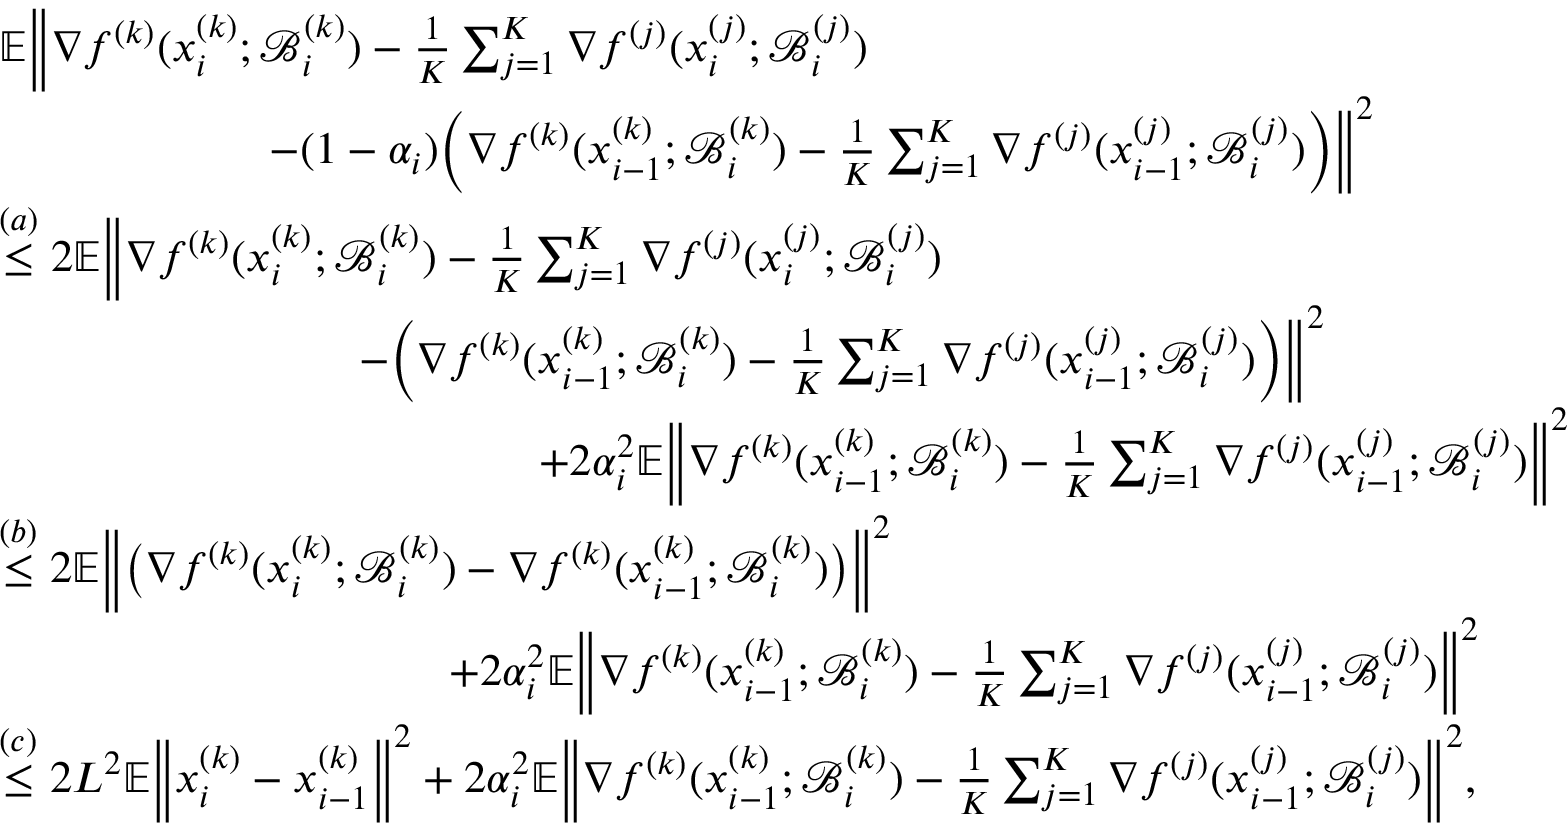
\begin{array} { r l } & { \mathbb { E } \bigg \| \nabla f ^ { ( k ) } ( x _ { i } ^ { ( k ) } ; \mathcal { B } _ { i } ^ { ( k ) } ) - \frac { 1 } { K } \sum _ { j = 1 } ^ { K } \nabla f ^ { ( j ) } ( x _ { i } ^ { ( j ) } ; \mathcal { B } _ { i } ^ { ( j ) } ) } \\ & { \qquad \qquad \qquad - ( 1 - \alpha _ { i } ) \bigg ( \nabla f ^ { ( k ) } ( x _ { i - 1 } ^ { ( k ) } ; \mathcal { B } _ { i } ^ { ( k ) } ) - \frac { 1 } { K } \sum _ { j = 1 } ^ { K } \nabla f ^ { ( j ) } ( x _ { i - 1 } ^ { ( j ) } ; \mathcal { B } _ { i } ^ { ( j ) } ) \bigg ) \bigg \| ^ { 2 } } \\ & { \overset { ( a ) } { \leq } 2 \mathbb { E } \bigg \| \nabla f ^ { ( k ) } ( x _ { i } ^ { ( k ) } ; \mathcal { B } _ { i } ^ { ( k ) } ) - \frac { 1 } { K } \sum _ { j = 1 } ^ { K } \nabla f ^ { ( j ) } ( x _ { i } ^ { ( j ) } ; \mathcal { B } _ { i } ^ { ( j ) } ) } \\ & { \qquad \qquad \qquad \qquad - \bigg ( \nabla f ^ { ( k ) } ( x _ { i - 1 } ^ { ( k ) } ; \mathcal { B } _ { i } ^ { ( k ) } ) - \frac { 1 } { K } \sum _ { j = 1 } ^ { K } \nabla f ^ { ( j ) } ( x _ { i - 1 } ^ { ( j ) } ; \mathcal { B } _ { i } ^ { ( j ) } ) \bigg ) \bigg \| ^ { 2 } } \\ & { \qquad \qquad \qquad \qquad \qquad \qquad + 2 \alpha _ { i } ^ { 2 } \mathbb { E } \bigg \| \nabla f ^ { ( k ) } ( x _ { i - 1 } ^ { ( k ) } ; \mathcal { B } _ { i } ^ { ( k ) } ) - \frac { 1 } { K } \sum _ { j = 1 } ^ { K } \nabla f ^ { ( j ) } ( x _ { i - 1 } ^ { ( j ) } ; \mathcal { B } _ { i } ^ { ( j ) } ) \bigg \| ^ { 2 } } \\ & { \overset { ( b ) } { \leq } 2 \mathbb { E } \bigg \| \big ( \nabla f ^ { ( k ) } ( x _ { i } ^ { ( k ) } ; \mathcal { B } _ { i } ^ { ( k ) } ) - \nabla f ^ { ( k ) } ( x _ { i - 1 } ^ { ( k ) } ; \mathcal { B } _ { i } ^ { ( k ) } ) \big ) \bigg \| ^ { 2 } } \\ & { \qquad \qquad \qquad \qquad \qquad + 2 \alpha _ { i } ^ { 2 } \mathbb { E } \bigg \| \nabla f ^ { ( k ) } ( x _ { i - 1 } ^ { ( k ) } ; \mathcal { B } _ { i } ^ { ( k ) } ) - \frac { 1 } { K } \sum _ { j = 1 } ^ { K } \nabla f ^ { ( j ) } ( x _ { i - 1 } ^ { ( j ) } ; \mathcal { B } _ { i } ^ { ( j ) } ) \bigg \| ^ { 2 } } \\ & { \overset { ( c ) } { \leq } 2 L ^ { 2 } \mathbb { E } \bigg \| x _ { i } ^ { ( k ) } - x _ { i - 1 } ^ { ( k ) } \bigg \| ^ { 2 } + 2 \alpha _ { i } ^ { 2 } \mathbb { E } \bigg \| \nabla f ^ { ( k ) } ( x _ { i - 1 } ^ { ( k ) } ; \mathcal { B } _ { i } ^ { ( k ) } ) - \frac { 1 } { K } \sum _ { j = 1 } ^ { K } \nabla f ^ { ( j ) } ( x _ { i - 1 } ^ { ( j ) } ; \mathcal { B } _ { i } ^ { ( j ) } ) \bigg \| ^ { 2 } , } \end{array}